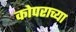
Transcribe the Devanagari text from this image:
कोपराच्या